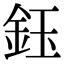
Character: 鈺